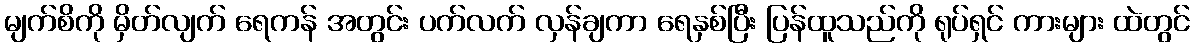
မျက်စိကို မှိတ်လျက် ရေကန် အတွင်း ပက်လက် လှန်ချကာ ရေနှစ်ပြီး ပြန်ထူသည်ကို ရုပ်ရှင် ကားများ ထဲတွင်